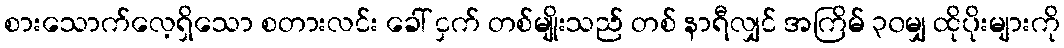
စားသောက်လေ့ရှိသော စတားလင်း ခေါ် ငှက် တစ်မျိုးသည် တစ် နာရီလျှင် အကြိမ် ၃၀မျှ ထိုပိုးများကို